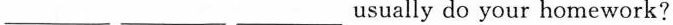
___usually do your homework?